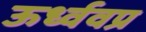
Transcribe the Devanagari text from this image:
ऊर्ध्ववप्र